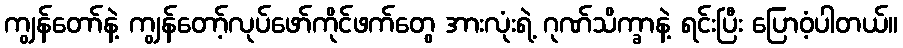
ကျွန်တော်နဲ့ ကျွန်တော့်လုပ်ဖော်ကိုင်ဖက်တွေ အားလုံးရဲ့ ဂုဏ်သိက္ခာနဲ့ ရင်းပြီး ပြောဝံ့ပါတယ်။